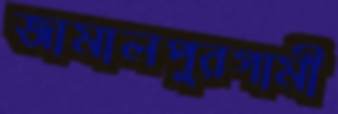
জামালপুরগামী